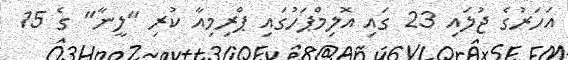
އަހަރުގެ ޖުލައި 23 ގައި އޮލިމްޕަހުގައި ޕްރިމިއާ ކުރި "ލީނާ" ގެ 15